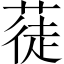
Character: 蓗